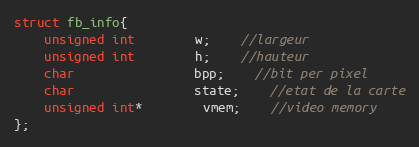
Language: C
struct fb_info{
	unsigned int		w;	//largeur
	unsigned int		h;	//hauteur
	char				bpp;	//bit per pixel
	char				state;	//etat de la carte
	unsigned int*		vmem;	//video memory
};